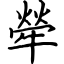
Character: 犖